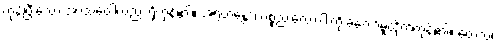
ကုန်ပြီးသော အာသဝေါလည်း ရှိကုန်၏။ အရဟန္တော၊ ပစ္စည်းလေးပါးကို ခံတော်မူထိုက်ကုန်၏။ တေသံ၊